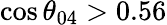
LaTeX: \cos\theta_{04}>0.56